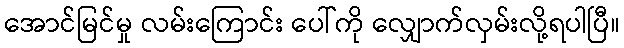
အောင်မြင်မှု လမ်းကြောင်း ပေါ်ကို လျှောက်လှမ်းလို့ရပါပြီ။